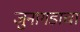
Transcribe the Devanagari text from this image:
जुनागडाचा